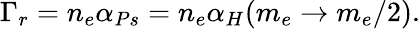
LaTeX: \Gamma_{r}=n_{e}\alpha_{Ps}=n_{e}\alpha_{H}(m_{e}\rightarrow m_{e}/2).